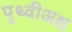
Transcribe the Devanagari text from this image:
पृथ्वीअक्ष